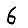
Digit: 6